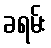
ခရမ်း